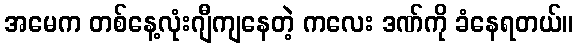
အမေက တစ်နေ့လုံးဂျီကျနေတဲ့ ကလေး ဒဏ်ကို ခံနေရတယ်။